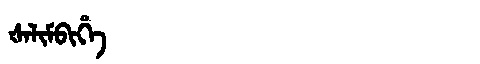
Manchu: ᡧᠠᠯᡳᠮᠪᡳᡥᡝ
Romanization: ŠALIMBIHE